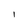
Character: I